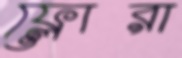
ফ্লোরা